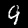
Label: 9